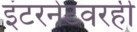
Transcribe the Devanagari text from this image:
इंटरनेटवरही